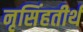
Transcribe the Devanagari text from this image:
नृसिंहतीर्थ